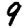
Digit: 9